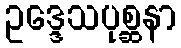
ဥဒ္ဒေသပုစ္ဆနာ